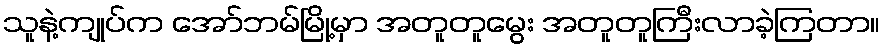
သူနဲ့ကျုပ်က အော်ဘမ်မြို့မှာ အတူတူမွေး အတူတူကြီးလာခဲ့ကြတာ။